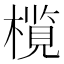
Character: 𬄦